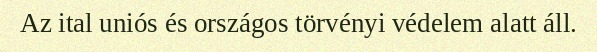
Az ital uniós és országos törvényi védelem alatt áll.